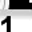
Digit: 1